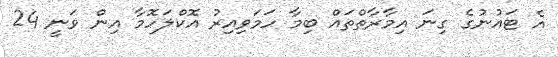
އެ ޓައުނުގެ ގިނަ އިމާރާތްތައް ބިމާ ހަމަވިއިރު އޮކްލަހޮމާ އިން ވަނީ 24